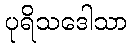
ပုရိသဒေါသာ